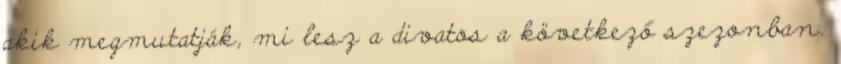
akik megmutatják, mi lesz a divatos a következő szezonban.